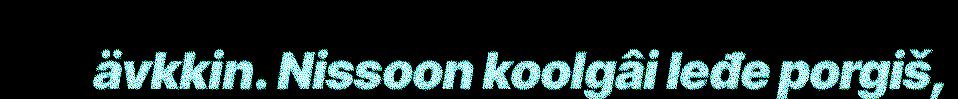
ävkkin. Nissoon koolgâi leđe porgiš,